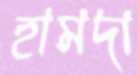
হামদা